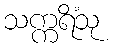
သက္ကရိံသု